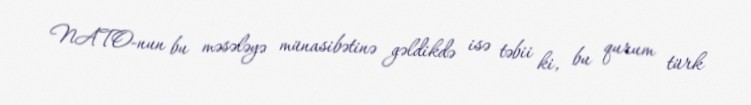
NATO-nun bu məsələyə münasibətinə gəldikdə isə təbii ki, bu qurum türk